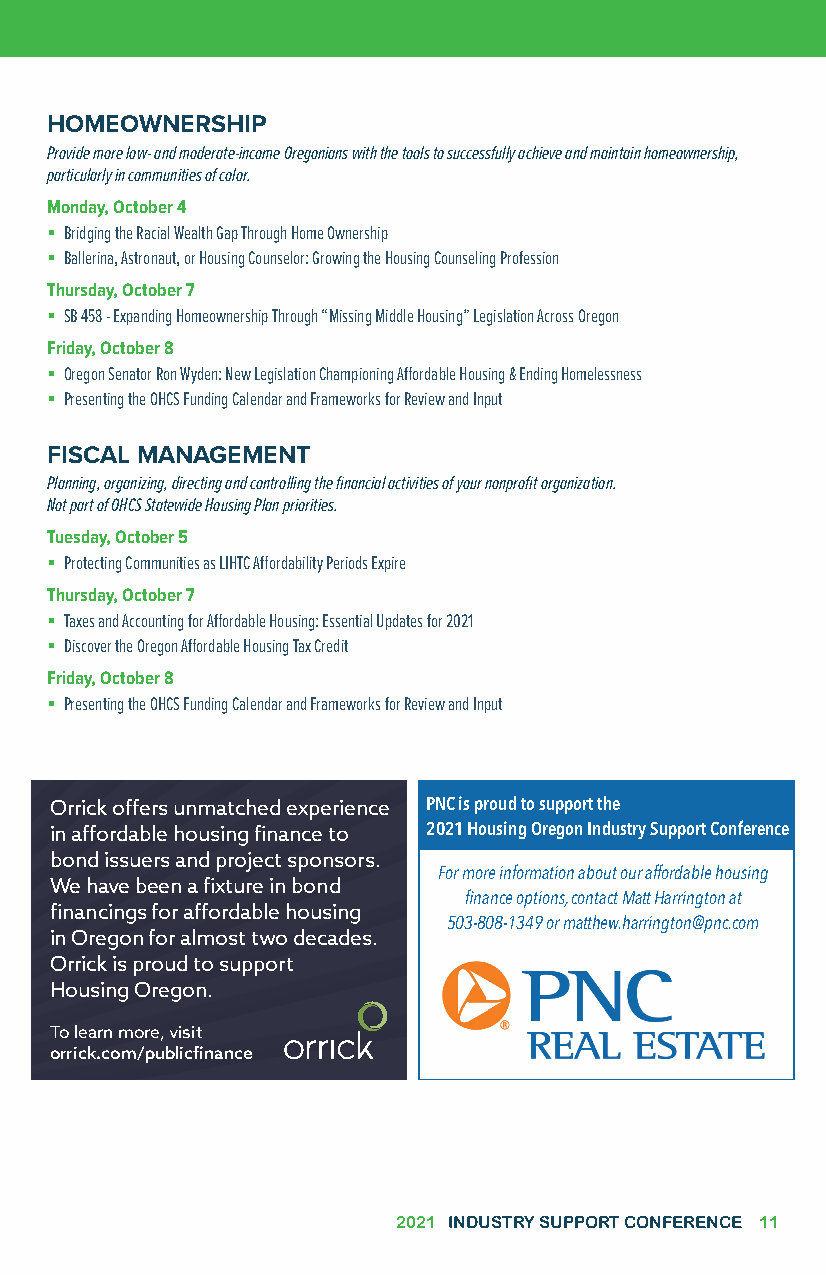
TRACKS & WORKSHOPS
 HOMEOWNERSHIP
 Provide more low- and moderate-income Oregonians with the tools to successfully achieve and maintain homeownership,
 particularly in communities of color.
 Monday, October 4
  Bridging the Racial Wealth Gap Through Home Ownership
  Ballerina, Astronaut, or Housing Counselor: Growing the Housing Counseling Profession
 Thursday, October 7
  SB 458 - Expanding Homeownership Through “Missing Middle Housing” Legislation Across Oregon
 Friday, October 8
  Oregon Senator Ron Wyden: New Legislation Championing Affordable Housing & Ending Homelessness
  Presenting the OHCS Funding Calendar and Frameworks for Review and Input
 FISCAL MANAGEMENT
 Planning, organizing, directing and controlling the financial activities of your nonprofit organization.
 Not part of OHCS Statewide Housing Plan priorities.
 Tuesday, October 5
  Protecting Communities as LIHTC Affordability Periods Expire
 Thursday, October 7
  Taxes and Accounting for Affordable Housing: Essential Updates for 2021
  Discover the Oregon Affordable Housing Tax Credit
 Friday, October 8
  Presenting the OHCS Funding Calendar and Frameworks for Review and Input
 Orrick offers unmatched experience PNC is proud to support the
 in affordable housing finance to 2021 Housing Oregon Industry Support Conference
 bond issuers and project sponsors.
 For more information about our affordable housing
 We have been a fixture in bond
 finance options, contact Matt Harrington at
 financings for affordable housing
 503-808-1349 or matthew.harrington@pnc.com
 in Oregon for almost two decades.
 Orrick is proud to support
 Housing Oregon.
 To learn more, visit
 orrick.com/publicfinance
 2021 INDUSTRY SUPPORT CONFERENCE 11